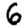
Digit: 6